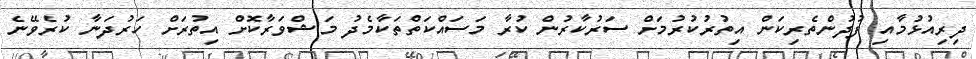
ދިރިއުޅުމާއި ފުދުންތެރިކަން އިތުރުކުރުމަށް ސަރުކާރުން ކުރާ މަސައްކަތްތަކާމެދު މަޝްވަރާކޮށް އިތުރަށް ހަރުދަނާ ކުރެވޭނެ